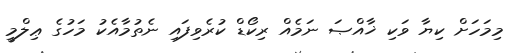
މިމަހަށް ކިޔާ ވަކި ޚާއްޞަ ނަމެއް ރިކޯޑް ކުރެވިފައި ނެތުމާއެކު މަހުގެ ޢިލްމީ